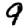
Digit: 9